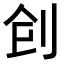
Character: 𠛲